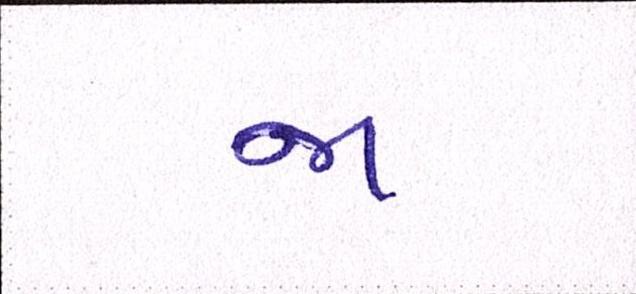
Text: જા